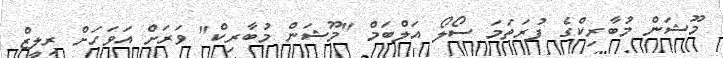
މޫޝަން މުބާރިކްގެ ފުރަތަމަ ސޯލޯ އަލްބަމް "މޫޝަން މުބާރިކްް" ވަރަށް އަވަހަށް ރިލީޒް